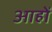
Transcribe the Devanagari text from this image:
आहों